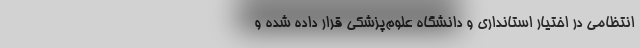
انتظامی در اختیار استانداری و دانشگاه علوم‌پزشکی قرار داده شده و